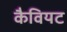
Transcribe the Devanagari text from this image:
कैवियट